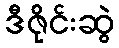
ဒီဇိုင်းဆွဲ